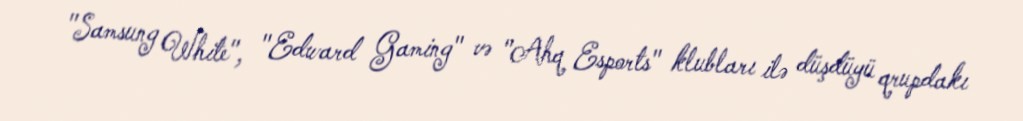
"Samsung White", "Edward Gaming" və "Ahq Esports" klubları ilə düşdüyü qrupdakı